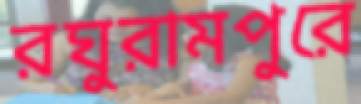
রঘুরামপুরে